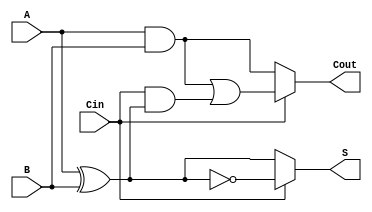
module ConditionalSumFullAdder (
    input wire A,      // First input bit
    input wire B,      // Second input bit
    input wire Cin,    // Carry-in bit
    output wire S,     // Sum output
    output wire Cout   // Carry-out output
);

    // Intermediate signals for sum and carry calculations
    wire S0, S1;      // S0 = A  B, S1 = A  B  1
    wire C0, C1;      // C0 = A AND B, C1 = (A AND B) OR (Cin AND (A  B))

    // Calculate S0 and S1
    assign S0 = A ^ B;               // Sum when Cin = 0
    assign S1 = S0 ^ 1;              // Sum when Cin = 1 (equivalent to A  B  Cin)

    // Calculate C0 and C1
    assign C0 = A & B;               // Carry-out when Cin = 0
    assign C1 = (A & B) | (Cin & S0); // Carry-out when Cin = 1

    // Final output selection based on Cin
    assign S = (Cin == 1'b0) ? S0 : S1; // Select sum based on Cin
    assign Cout = (Cin == 1'b0) ? C0 : C1; // Select carry-out based on Cin

endmodule